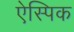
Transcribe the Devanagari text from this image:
ऐस्पिक